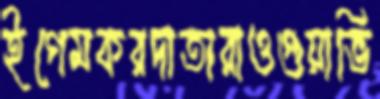
ইগেমকরদাতারাওগুয়াভি